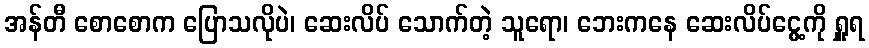
အန်တီ စောစောက ပြောသလိုပဲ၊ ဆေးလိပ် သောက်တဲ့ သူရော၊ ဘေးကနေ ဆေးလိပ်ငွေ့ကို ရှူရ